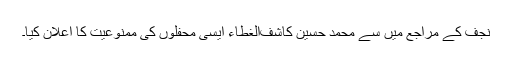
نجف کے مراجع میں سے محمد حسین کاشف‌الغطاء ایسی محفلوں کی ممنوعیت کا اعلان کیا۔